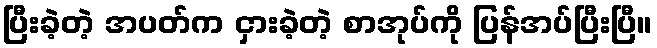
ပြီးခဲ့တဲ့ အပတ်က ငှားခဲ့တဲ့ စာအုပ်ကို ပြန်အပ်ပြီးပြီ။